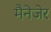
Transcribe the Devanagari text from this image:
मैनेजेर